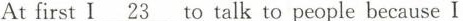
AtfirstI\underline{ 23}to talk to people because I